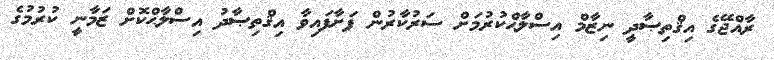
ރާއްޖޭގެ އިޤްތިޞާދީ ނިޒާމް އިސްލާޙްކުރުމަށް ސަރުކާރުން ފަށާފައިވާ އިޤްތިޞާދު އިސްލާޙްކޮށް ޒަމާނީ ކުރުމުގެ